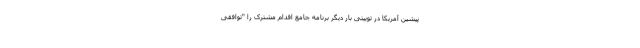
پیشین آمریکا در توییتی بار دیگر برنامه جامع اقدام مشترک را "توافقی